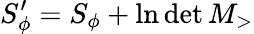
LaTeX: S_{\phi}^{\prime}=S_{\phi}+\ln\operatorname*{det}M_{>}